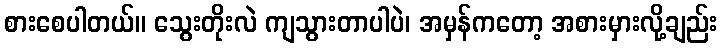
စားစေပါတယ်။ သွေးတိုးလဲ ကျသွားတာပါပဲ၊ အမှန်ကတော့ အစားမှားလို့ချည်း